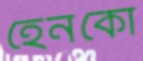
হেনকো